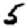
Digit: 5